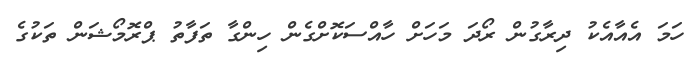
ހަމަ އެއާއެކު ދިރާގުން ރޯދަ މަހަށް ހާއްސަކޮށްގެން ހިންގާ ތަފާތު ޕްރޮމޯޝަން ތަކުގެ